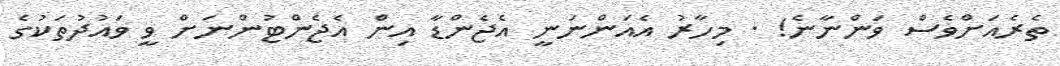
ތެރެއަށްވެސް ވަންނާނެ! . މިހާރު އެއަންނަނީ އެޖެންޑާ އިން އެޖެންޓުންނަށް ވީ ވައުދުތަކުގެ